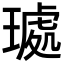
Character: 𭹰